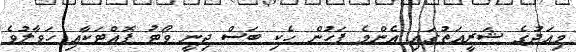
މިއަދުގެ ޝަރީއަތުގައި އެންމެ ފަހުން ހެކި ބަސް ދިނީ ވޯޓު ފޮއްޓަކާއި ހަވާލުވެ